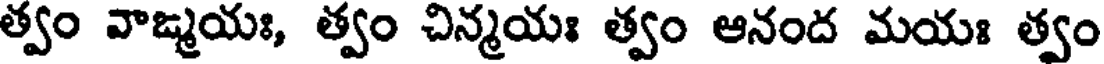
త్వం వాఙ్మయః, త్వం చిన్మయః త్వం ఆనంద మయః త్వం